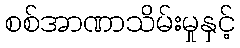
စစ်အာဏာသိမ်းမှုနှင့်